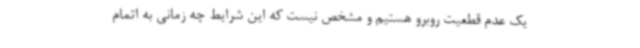
یک عدم قطعیت روبرو هستیم و مشخص نیست که این شرایط چه زمانی به اتمام